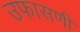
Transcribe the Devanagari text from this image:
उफासणी